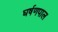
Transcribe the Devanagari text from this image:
घर्षणपाल